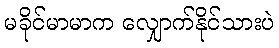
မခိုင်မာမာက လျှောက်နိုင်သားပဲ